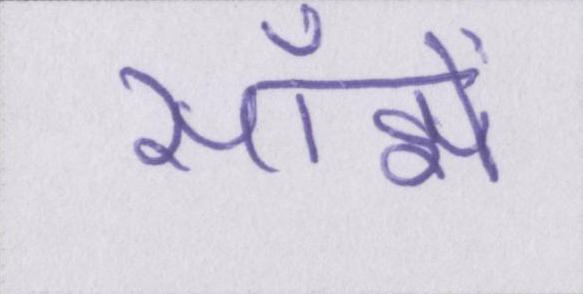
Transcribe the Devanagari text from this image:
साँझे